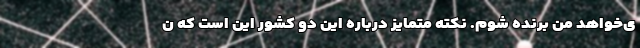
ی‌خواهد من برنده شوم. نکته متمایز درباره این دو کشور این است که ن